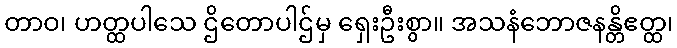
တာဝ၊ ဟတ္ထပါသေ ဌိတောပါဌ်မှ ရှေးဦးစွာ။ အသနံဘောဇနန္တိဧတ္ထ၊